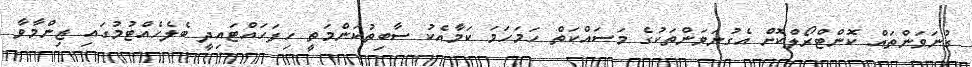
ގުނަވަންތައް ކޮންޓްރޯލްކޮށް އެގުނަވަންތަކުގެ މަސައްކަތް ހަމަހަމަ ކަމާއެކު ސާބިތުކަންމަތީ ހިފަހައްޓައިދީ ބެލެހެއްޓުމުގައި ޒިންމާވާ